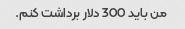
من باید 300 دلار برداشت کنم.